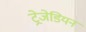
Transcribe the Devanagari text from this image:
ट्रेजेडियन